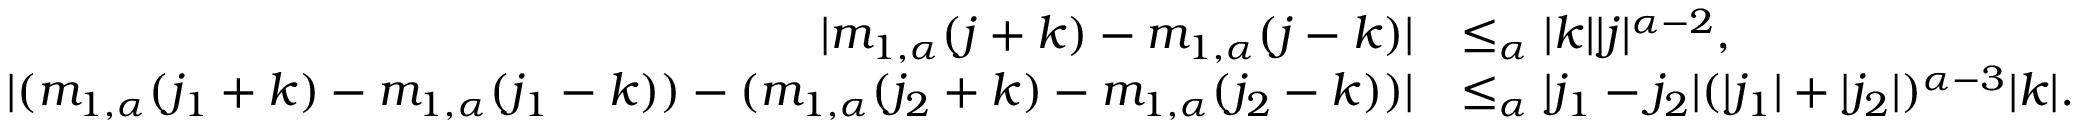
\begin{array} { r l } { | m _ { 1 , \alpha } ( j + k ) - m _ { 1 , \alpha } ( j - k ) | } & { \le _ { \alpha } | k | | j | ^ { \alpha - 2 } , } \\ { | ( m _ { 1 , \alpha } ( j _ { 1 } + k ) - m _ { 1 , \alpha } ( j _ { 1 } - k ) ) - ( m _ { 1 , \alpha } ( j _ { 2 } + k ) - m _ { 1 , \alpha } ( j _ { 2 } - k ) ) | } & { \le _ { \alpha } | j _ { 1 } - j _ { 2 } | ( | j _ { 1 } | + | j _ { 2 } | ) ^ { \alpha - 3 } | k | . } \end{array}